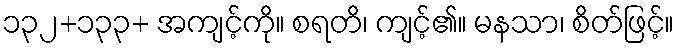
၁၃၂+၁၃၃+ အကျင့်ကို။ စရတိ၊ ကျင့်၏။ မနသာ၊ စိတ်ဖြင့်။